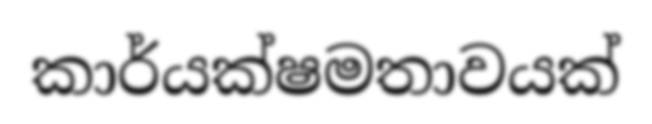
කාර්යක්ෂමතාවයක්